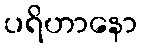
ပရိဟာနော